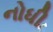
નોધી